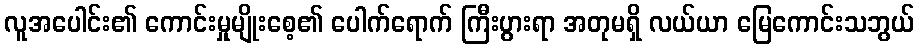
လူအပေါင်း၏ ကောင်းမှုမျိုးစေ့၏ ပေါက်ရောက် ကြီးပွားရာ အတုမရှိ လယ်ယာ မြေကောင်းသဘွယ်